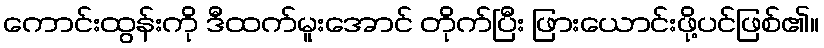
ကောင်းထွန်းကို ဒီထက်မူးအောင် တိုက်ပြီး ဖြားယောင်းဖို့ပင်ဖြစ်၏။